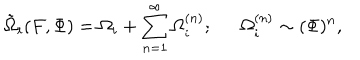
\tilde { \Omega } _ { i } ( F , \Phi ) = \Omega _ { i } + \sum _ { n = 1 } ^ { \infty } \Omega _ { i } ^ { ( n ) } ; \Omega _ { i } ^ { ( n ) } \sim ( \Phi ) ^ { n } ,